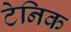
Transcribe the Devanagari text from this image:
टेनिक